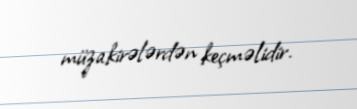
müzakirələrdən keçməlidir.